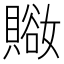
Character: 𧷚